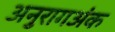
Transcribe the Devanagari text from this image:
अनुरागअंक